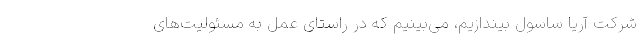
شرکت آریا ساسول بیندازیم، می‌بینیم که در راستای عمل به مسئولیت‌های